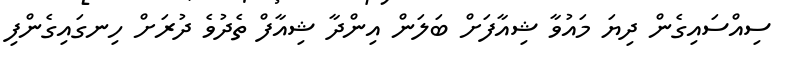
ސިއްސައިގެން ދިޔަ މައުވާ ޝިއާފަށް ބަލަން އިންދާ ޝިއާފް ތެދުވެ ދުރަށް ހިނގައިގެންފި